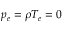
p _ { e } = \rho T _ { e } = 0